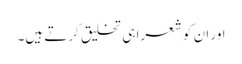
اور ان کو شعرا ہی تخلیق کرتے ہیں۔